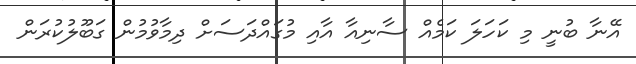
އޭނާ ބުނީ މި ކަހަލަ ކަމެއް ސާނިއާ އާއި މުގައްދަސަށް ދިމާވުމުން ގަބޫލުކުރަން